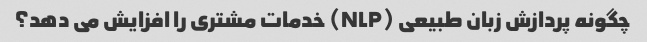
چگونه پردازش زبان طبیعی (NLP) خدمات مشتری را افزایش می دهد؟